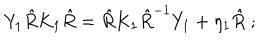
Y _ { 1 } \hat { R } K _ { 1 } \hat { R } = \hat { R } K _ { 1 } \hat { R } ^ { - 1 } Y _ { 1 } + \eta _ { 1 } \hat { R } \; ;